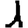
Digit: 1